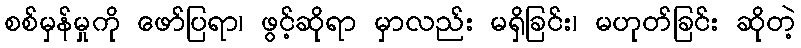
စစ်မှန်မှုကို ဖော်ပြရာ၊ ဖွင့်ဆိုရာ မှာလည်း မရှိခြင်း၊ မဟုတ်ခြင်း ဆိုတဲ့